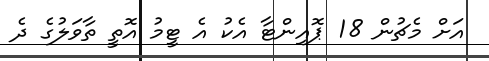
އަށް މެޗުން 18 ޕޮއިންޓާ އެކު އެ ޓީމު އޮތީ ތާވަލުގެ ދެ